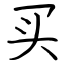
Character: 买